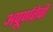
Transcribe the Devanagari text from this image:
अपूर्णतेची